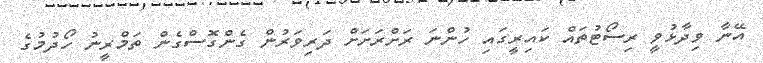
އޭނާ ވިދާޅުވީ ރިސޯޓުތައް ކައިރީގައި ހުންނަ ރަށްރަށަށް ދަރިވަރުން ގެންގޮސްގެން ތަމްރީނު ހޯދުމުގެ